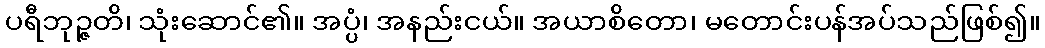
ပရီဘုဉ္ဇတိ၊ သုံးဆောင်၏။ အပ္ပံ၊ အနည်းငယ်။ အယာစိတော၊ မတောင်းပန်အပ်သည်ဖြစ်၍။